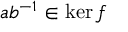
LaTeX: a b ^ { - 1 } \in \ker f